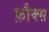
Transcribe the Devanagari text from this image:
फ़ौक्स